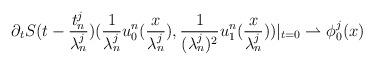
LaTeX: \begin{align*}\partial_{t}S(t -\frac{t_{n}^{j}}{\lambda_{n}^{j}})(\frac{1}{\lambda_{n}^{j}} u_{0}^{n}(\frac{x}{\lambda_{n}^{j}}), \frac{1}{(\lambda_{n}^{j})^{2}} u_{1}^{n}(\frac{x}{\lambda_{n}^{j}}))|_{t = 0} \rightharpoonup \phi_{0}^{j}(x)\end{align*}